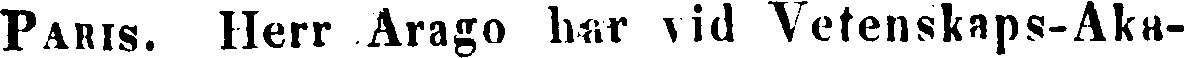
Paris. Herr Arago har vid Vetenskaps-Aka-